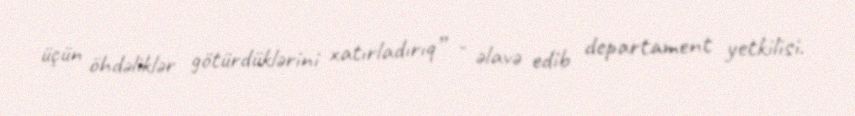
üçün öhdəliklər götürdüklərini xatırladırıq” - əlavə edib departament yetkilisi.